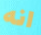
انه